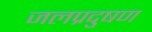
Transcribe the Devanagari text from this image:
जलप्रदुषण